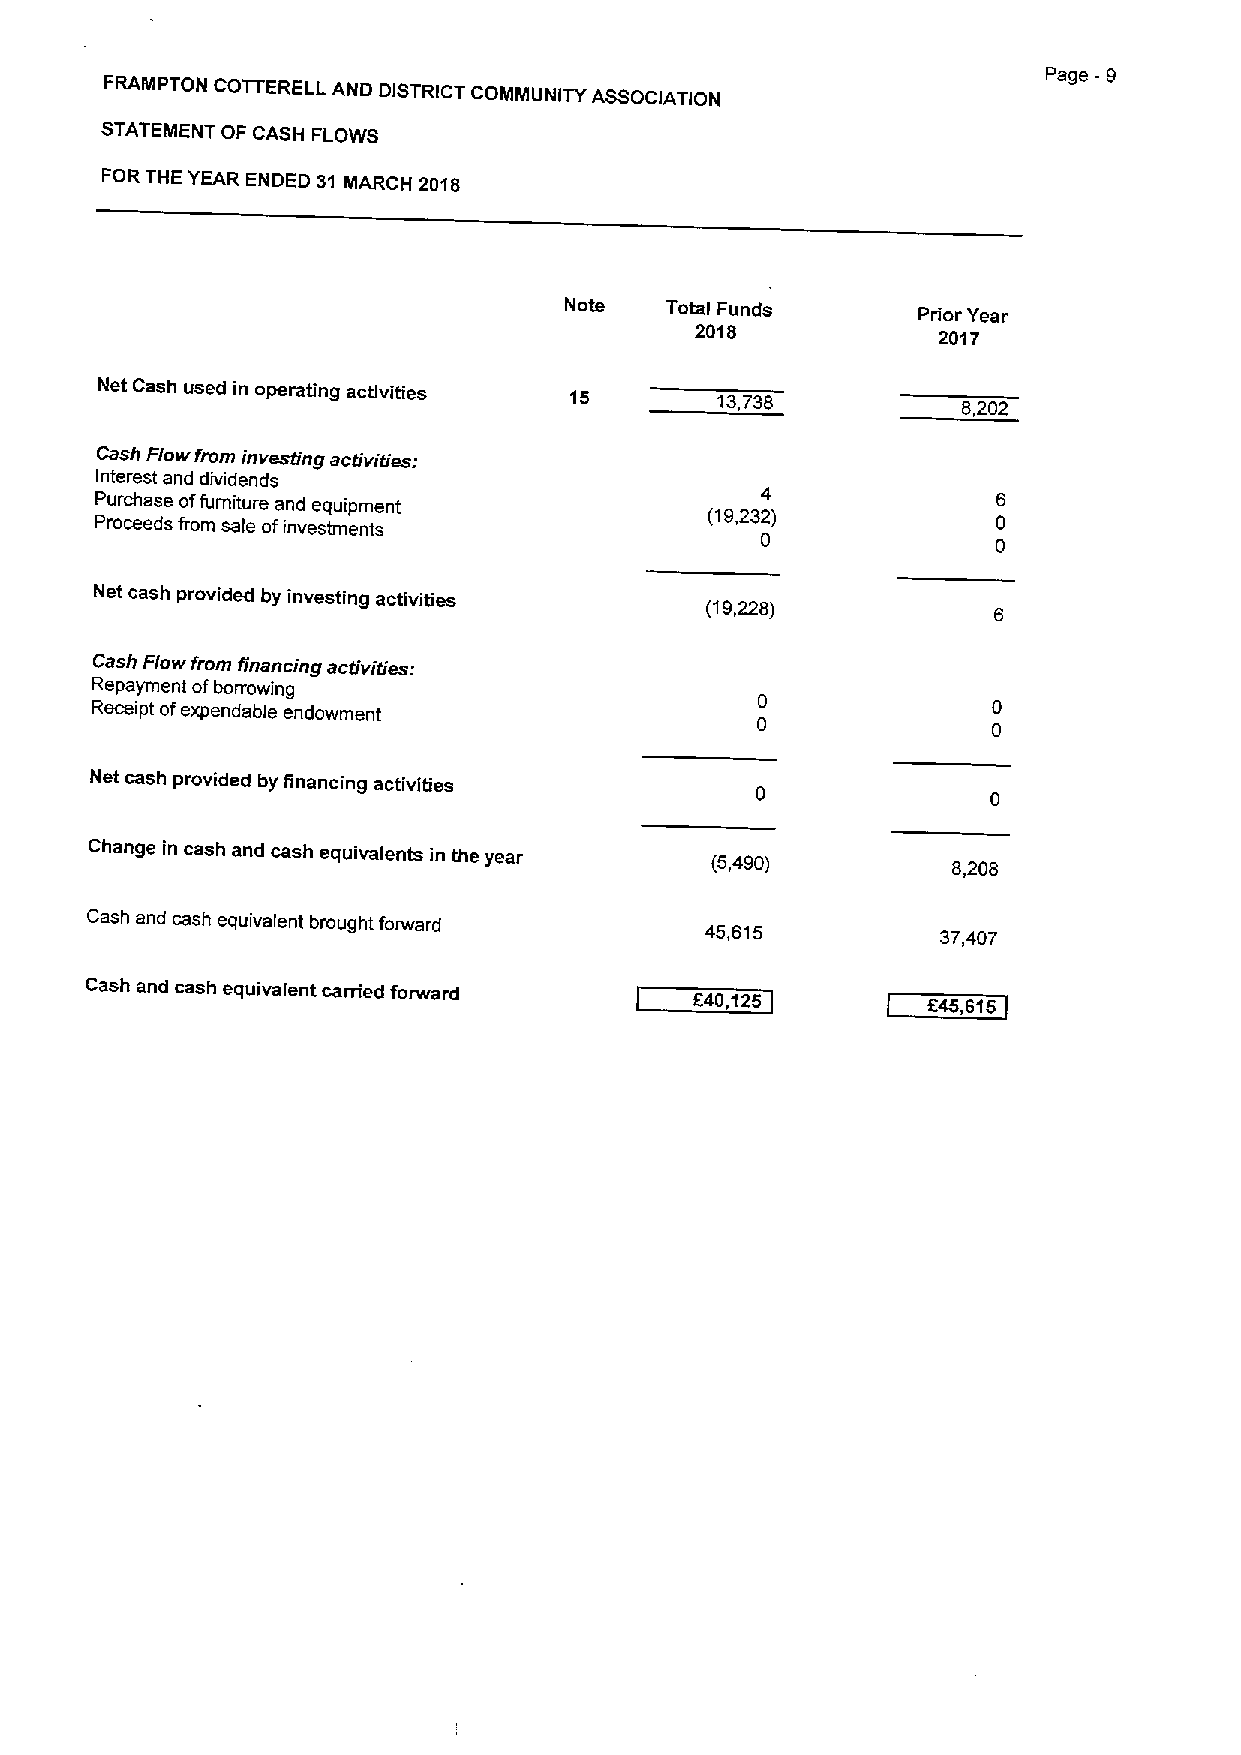
FRAMPTON COTTERELL AND DISTRICT COMMUNITY ASSOCIATION
 STATEMENT OF CASH FLOWS
 FOR THE YEAR ENDED 31 MARCH 2018
 Note   Total Funds      Prior Year
 2018
 2017
 Net Cash used in operating activities 15 13,738
 8,202
 Cash Flow from investing activities:
 Interest and dividends
 Purchase offurniture and equipment          4
 Proceeds from sale ofinvestments         (19,232)
 0
 Net cash provided by investing activities
 (19,228)
 Cash Flow from financing activities:
 Repayment ofborrowing
 Receipt ofexpendable endowment
 Net cash provided by financing activities
 Change in cash and cash equivalents in the year (5,490)  8,208
 Cash and cash equivalent brought forward 45,615         37,407
 Cash and cash equivalent carried forward 640,125       645,615